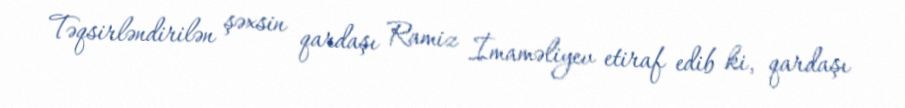
Təqsirləndirilən şəxsin qardaşı Ramiz İmaməliyev etiraf edib ki, qardaşı